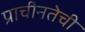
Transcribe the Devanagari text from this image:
प्राचीनतेची